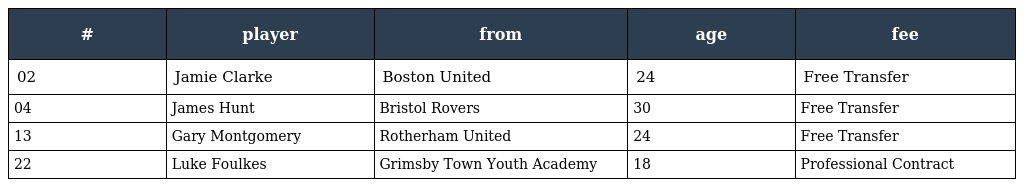
| # | player | from | age | fee |
 | --- | --- | --- | --- | --- |
 | 02 | Jamie Clarke | Boston United | 24 | Free Transfer |
 | 04 | James Hunt | Bristol Rovers | 30 | Free Transfer |
 | 13 | Gary Montgomery | Rotherham United | 24 | Free Transfer |
 | 22 | Luke Foulkes | Grimsby Town Youth Academy | 18 | Professional Contract |